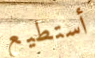
أستطيع